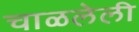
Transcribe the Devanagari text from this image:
चाळलेली